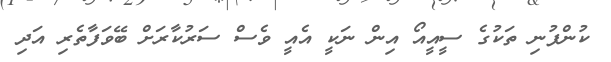
ކުންފުނި ތަކުގެ ސީއީއޯ އިން ނަކީ އެއީ ވެސް ސަރުކާރަށް ބޭވަފާތެރި އަދި